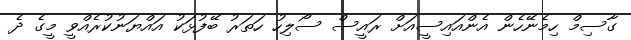
ގާސިމް ހިމެނޭހެން އެންއައިސީއަށް ރައީސް ސޯލިހު ހަތަރު ބޭފުޅަކު އައްޔަނުކުރެއްވީ މީގެ ދެ